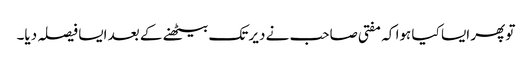
تو پھر ایسا کیا ہوا کہ مفتی صاحب نے دیر تک بیٹھنے کے بعد ایسا فیصلہ دیا۔